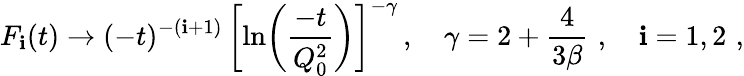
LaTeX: F_{\mathbf{i}}(t)\to(-t)^{-(\mathbf{i}+1)}\, \biggl[\ln\biggl(\frac{{-t}}{{Q_{0}^{2}}}\biggr)\biggr]^{-\gamma}\, ,\quad\gamma=2+\frac{{4}}{{3\beta}}\, \, ,\quad\mathbf{i}=1,2\, \, ,